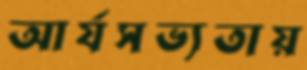
আর্যসভ্যতায়